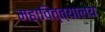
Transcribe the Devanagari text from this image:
महावित्त्यालय